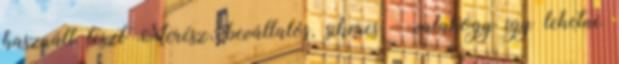
használt teszt Merész, bevállalós, sikeres – valahogy így lehetne